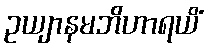
ဥယျာနမဘိဟာရယိံ